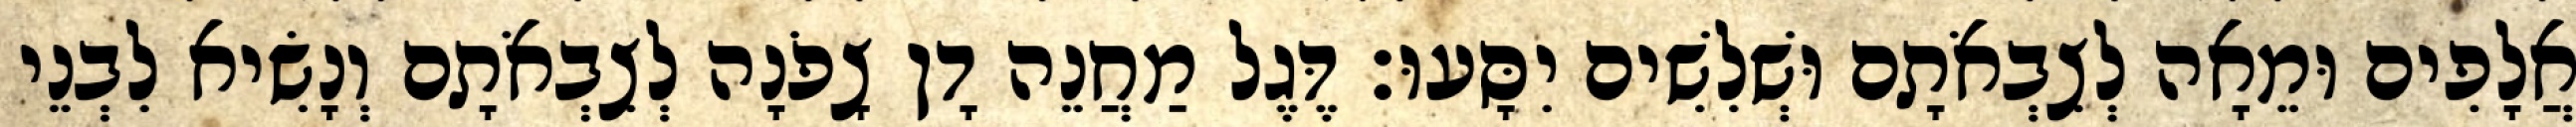
אֲלָפִים וּמֵאָה לְצִבְאֹתָם וּשְׁלִשִׁים יִסָּעוּ׃ דֶּגֶל מַחֲנֵה דָן צָפֹנָה לְצִבְאֹתָם וְנָשִׂיא לִבְנֵי